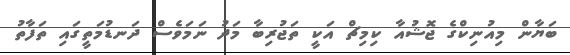
ބަޔާން މިއުނިކްގެ ޖޮޝުއާ ކިމިޗް އަކީ ތަޖުރިބާ މަދު ނަމަވެސް ދަނޑުމަތީގައި ތަފާތު